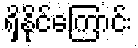
ရှိနိုင်ကြောင်း